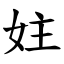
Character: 妵